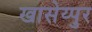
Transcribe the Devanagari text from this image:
खासेय्पुर